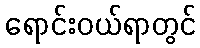
ရောင်းဝယ်ရာတွင်